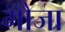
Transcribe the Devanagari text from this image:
गौजा